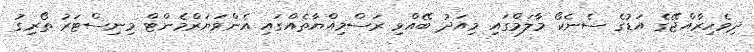
ދިވެހިރާއްޖޭގެ އަޑުގެ ސެނެކޯ މާލަމްގައި މިއަދު ބޭއްވި ރަސްމިއްޔާތެއްގައި އެންވަޔަރްމެންޓް މިނިސްޓަރު ތޯރިގު